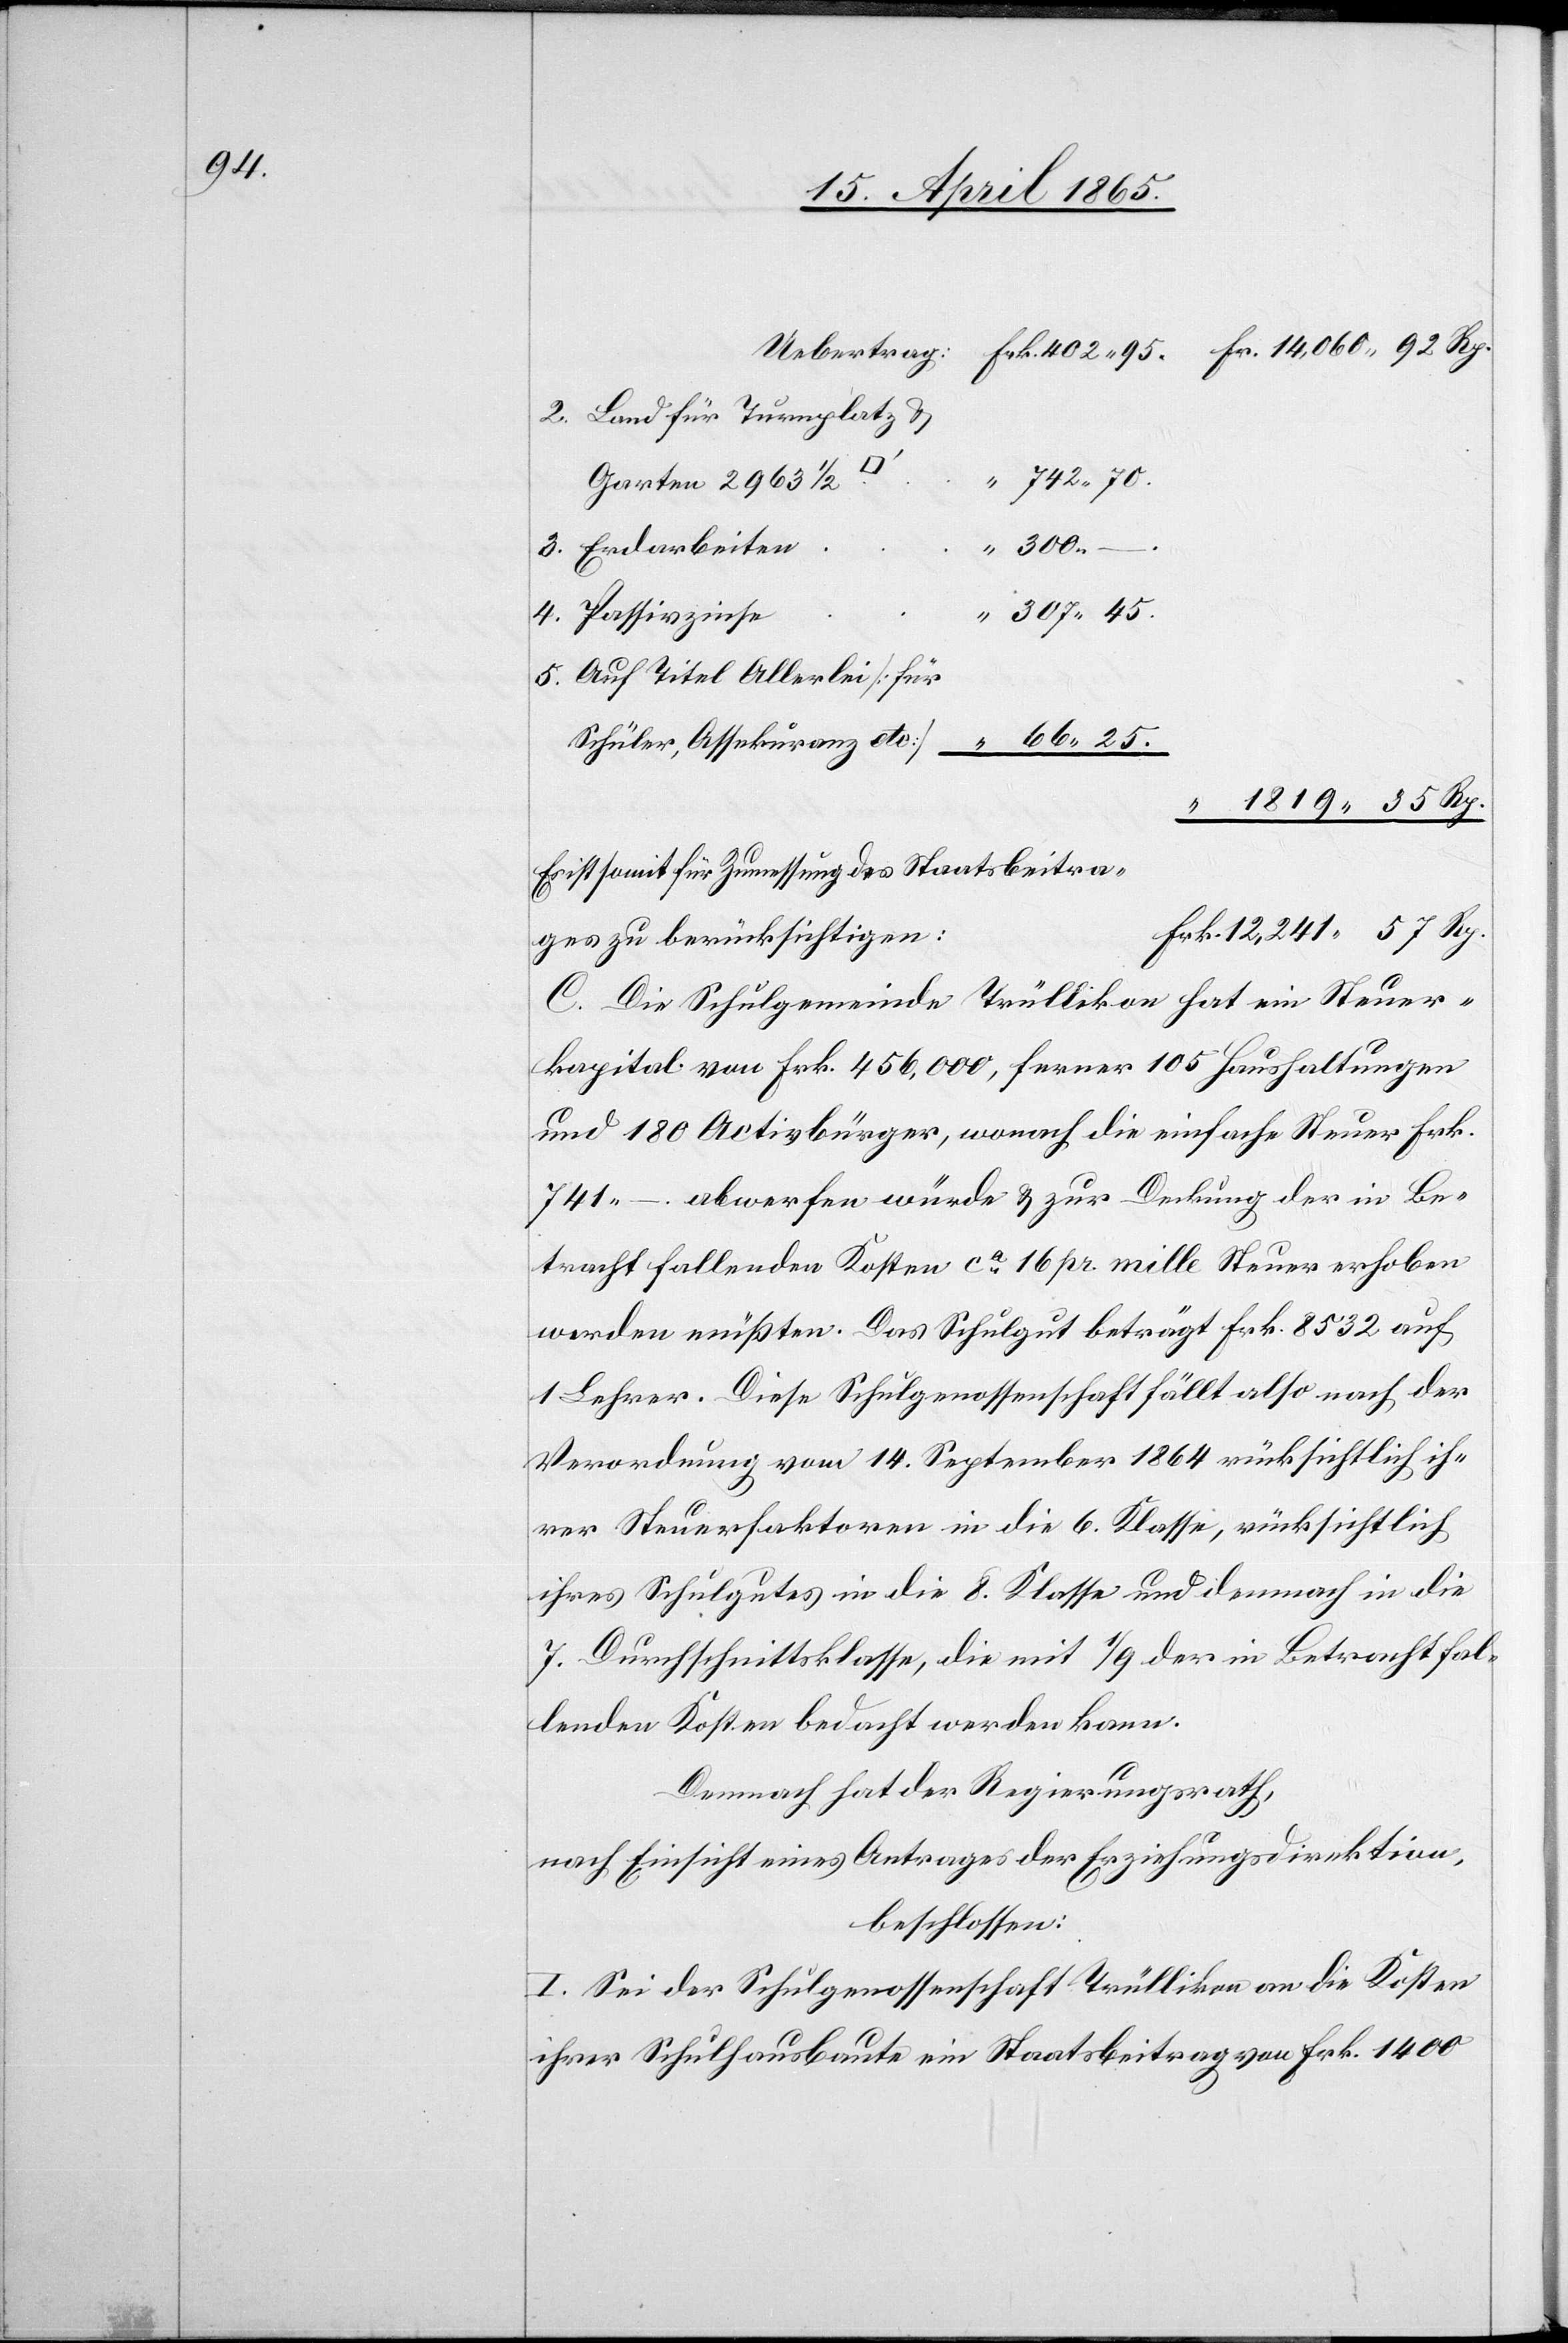
95.

2. Land für Turnplatz &
742 70.
Garten 2963 ½
307 45.
3. Erdarbeiten
“
4. Passivzinse
5. Auf Titel Allerlei [für
Schüler, Assekuranz etc]
Es ist somit für Zumessung des Staatsbeitra¬
ges zu berücksichtigen:
C. Die Schulgemeinde Trüllikon hat ein Steuer¬
kapital vom Frk. 456,000, ferner 105 Haushaltungen
und 180 Activbürger, wonach die einfache Steuer Frk.
751 – abwerfen würde & zur Deckung der in Be¬
tracht fallenden Kosten ca 16 pr. mille Steuer erhoben
werden müßten. Das Schulgut beträgt Frk. 8532 auf
1 Lehrer. Diese Schulgenossenschaft fällt also nach der
Verordnung vom14. September 1864 rücksichtlich ih¬
rer Steuerfaktoren in die 6. Klasse, rücksichtlich
ihres Schulgutes in die 8. Klasse und demnach in die
7. Durchschnittsklasse, die mit 1/9 der in Betracht fal¬
lenden Kosten bedacht werden kann.
Demnach hat der Regierungsrath,
nach Einsicht eines Antrages der Erziehungsdirektion,
beschlossen:
I. Sei der Schulgenossenschaft Trüllikon an die Kosten
ihrer Schulhausbaute ein Staatsbeitrag von Frk. 1400